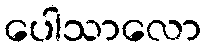
ပေါသာလော